Lunatic asylums Madras 1892-1911 - 1892-1911
Year: 1892
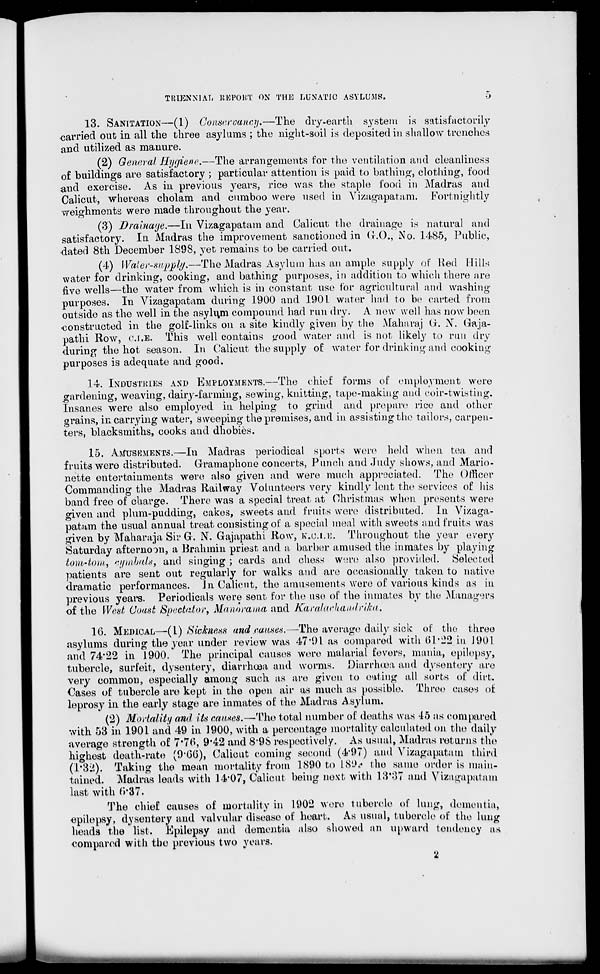
TRIENNIAL REPORT ON THE LUNATIC ASYLUMS*
13. SANITATION—(1) Conservancy.—The dry-earth system is satisfactorily
carried out in all the three asylums ; the night-soil is deposited in shallow trenches
and utilized as manure.
(2) General Hygiene.—The arrangements for the ventilation and cleanliness
of buildings are satisfactory ; particular attention is paid to bathing, clothing, food
and exercise. As in previous years, rice was the staple food in Madras and
Calicut, whereas cholam and cumboo were used in Vizagapatam. Fortnightly
weighments were made throughout the year.
(3) Drainage.—In Vizagapatam and Calicut the drainage is natural and
satisfactory. In Madras the improvement sanctioned in CO., No. 1485, Public,
dated 8th December 1898, yet remains to be carried out.
(4) Water-supply.—The Madras Asylum has an ample supply of lied Hills
water for drinking, cooking, and bathing purposes, in addition to which there are
five wells—the water from which is in constant use tor agricultural and washing-
purposes. In Vizagapatam during 1900 and 1901 water had to be carted from
outside as the well in the asyli\m compound had run dry. A new well has now been
•constructed in the golf-links on a site kindly given by the Maharaj (i. X. Gaja-
pathi ROAV, O.I.E. This well contains <rood water and is not likely to run dry
during the hot season. In Calicut the supply of water for drinking and cooking
purposes is adequate and good.
14. INDUSTRIES AND EMPLOYMENTS.—The chief forms of employment wore
gardening, weaving, dairy-farming, sewing, knitting, tape-making and coir-twisting.
Insanes were also employed in helping to grind and prepare rice and other
grains, in carrying water, sweeping the premises, and in assisting the tailors, carpen-
ters, blacksmiths, cooks and dhobies.
15. AMUSEMENTS.—In Madras periodical sports were hold when tea, and
fruits were distributed. Gramaphone concerts, Punch and Judy shows, and Mario-
nette entertainments were also given and were much appreciated. The Officer
Commanding the Madras Railway Volunteers very kindly lent the services of his
band free of charge. There was a special treat at Christmas when presents were
given and plum-pudding, cakes, sweets and fruits were distributed. In Vizaga-
patam the usual annual treat consisting of a special meal with sweets and fruits was
given by Maharaja Sir G. N. Gajapathi Row, ice.I.E. Throughout the year every
Saturday afternoon, a Brahmin priest and a barber amused the inmates by playing
tom-tom,, cymhals, and singing ; cards and chess were also provided. Selected
patients are sent out regularly for walks and are occasionally taken to native
dramatic performances. In Calient, the amusements were of various kinds as in
previous years. Periodicals were sent for the use of the inmates by the Managers
of the West Coast Spectator, Manorama and Karalctchaiidrika,
16. MEDICAL—(1) Sickness and .causes.— The average daily sick of the three
asylums during the year under review was 47*91 as compared with 61'22 in J901
and 74*22 in 1900. The principal causes were malarial fevers, mania, epilepsy,
tubercle, surfeit, dysentery, diarrhoea and worms. Diarrhoea and dysentery are
very common, especially among such as are given to eating all sorts of dirt.
Cases of tubercle are kept in the open air as much as possible. Three eases of
leprosy in the early stage are inmates of the Madras Asylum.
(2) Mortality and its causes.—-The total number of deaths was 15 as compared
with 53 in 1901 and 49 in 1900, with a percentage mortality calculated on the daily
average strength of 7'7(>, 9*42 and 8"9S respectively. As usual, Madras returns the
highest death-rate (9'GG), Calicut coming second (4'97) and Yizagapatam third
(l'82)i Taking the mean mortality from 1890 to L89* the same order is main
tained. Madras leads with 14'07, Calicut being next with 18*37 and Yizngapatan
last with fi'87.
The chief causes of mortality in 1902 were tubercle of lung, dementia,
epilepsy, dysentery and valvular disease of heart. As usual, tubercle of the lunk-
heads the list. Epilepsy and dementia also showed an upward tendency as
Oomp&rod with the previous two years.
2
in